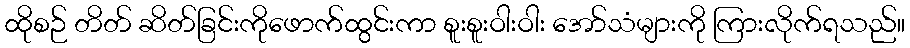
ထိုစဉ် တိတ် ဆိတ်ခြင်းကိုဖောက်ထွင်းကာ စူးစူးဝါးဝါး အော်သံများကို ကြားလိုက်ရသည်။